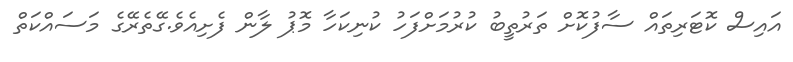
އައިސް ކޮޓަރިތައް ސާފުކޮށް ތަރުތީބު ކުރުމަށްފަހު ކުނިކަހާ މޮޕު ލާން ފެށިއެވެ.ގޭތެރޭގެ މަސައްކަތް